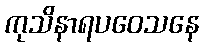
ကုသိနာရပဝေသနေ